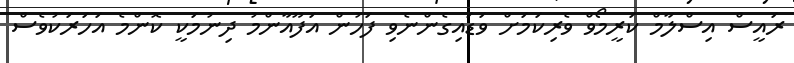
ރައީސް އިސްލާމް ކަރީމޯވް ވެރިކަމަށް ވަޑައިގެންނެވި ފަހުން އަފޫއާންމު ދިނުމަކީ ކޮންމެ އަހަރަކުވެސް